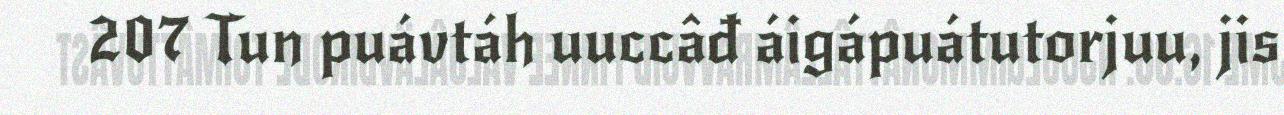
207 Tun puávtáh uuccâđ áigápuátutorjuu, jis